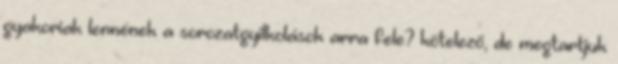
gyakoriak lennének a sorozatgyilkolások arra fele? kötelező, de megtartjuk